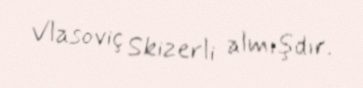
Vlasoviç Skizerli almışdır.